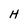
Character: H